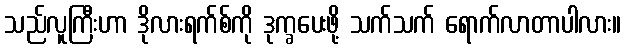
သည်လူကြီးဟာ ဒိုလားရက်စ်ကို ဒုက္ခပေးဖို့ သက်သက် ရောက်လာတာပါလား။